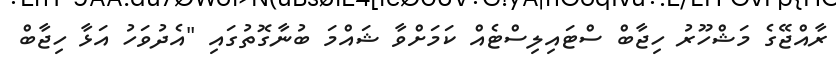
ރާއްޖޭގެ މަޝްހޫރު ހިޖާބް ސްޓައިލިސްޓެއް ކަމަށްވާ ޝައްމަ ބުނާގޮތުގައި "އެދުވަހު އަޅާ ހިޖާބް